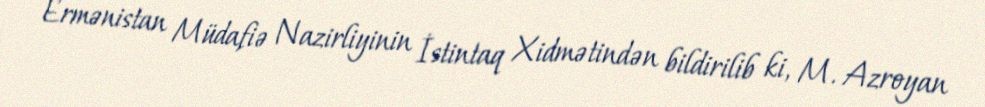
Ermənistan Müdafiə Nazirliyinin İstintaq Xidmətindən bildirilib ki, M. Azroyan